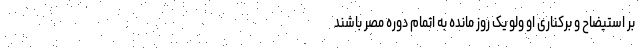
بر استیضاح و برکناری او ولو یک روز مانده به اتمام دوره مُصر باشند